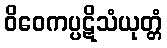
ဝိဝေကပ္ပဋိသံယုတ္တံ